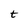
Character: t